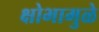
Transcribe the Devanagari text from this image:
क्षोभामुळे